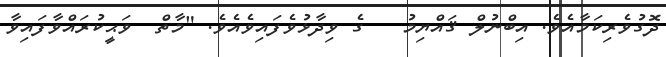
ދޮގުވެރިކަމާއެވެ. އިބްނުލް ޤައްޔިމު   ގެ ވިދާޅުވެފައިވެއެވެ. "މާތް  ވަޙީކުރައްވާފައިވާ